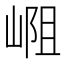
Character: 𪩁